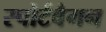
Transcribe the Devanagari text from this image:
स्पोर्टवैगन